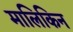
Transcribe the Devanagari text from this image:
मालिकिन